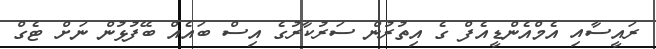
ރައީސާއި އެމްއެންޑީއެފް ގެ އިތުރުން ސަރުކާރުގެ އިސް ބައެއް ބޭފުޅުން ނަށް ޓެގް